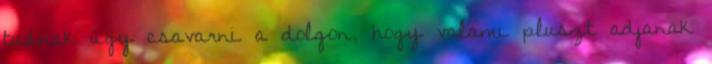
tudnak úgy csavarni a dolgon, hogy valami pluszt adjanak